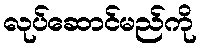
လုပ်ဆောင်မည်ကို